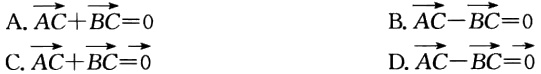
A. $\overrightarrow{AC}+\overrightarrow{BC}=0$

B. $\overrightarrow{AC}-\overrightarrow{BC}=0$

C. $\overrightarrow{AC}+\overrightarrow{BC}=0$

D. $\overrightarrow{AC}-\overrightarrow{BC}=0$